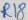
Text: R18